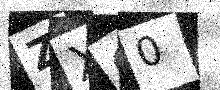
Text: ZXC0